Civil Veterinary Department. Central Provinces & Berar 1925-31 - 1925-1931
Year: 1925
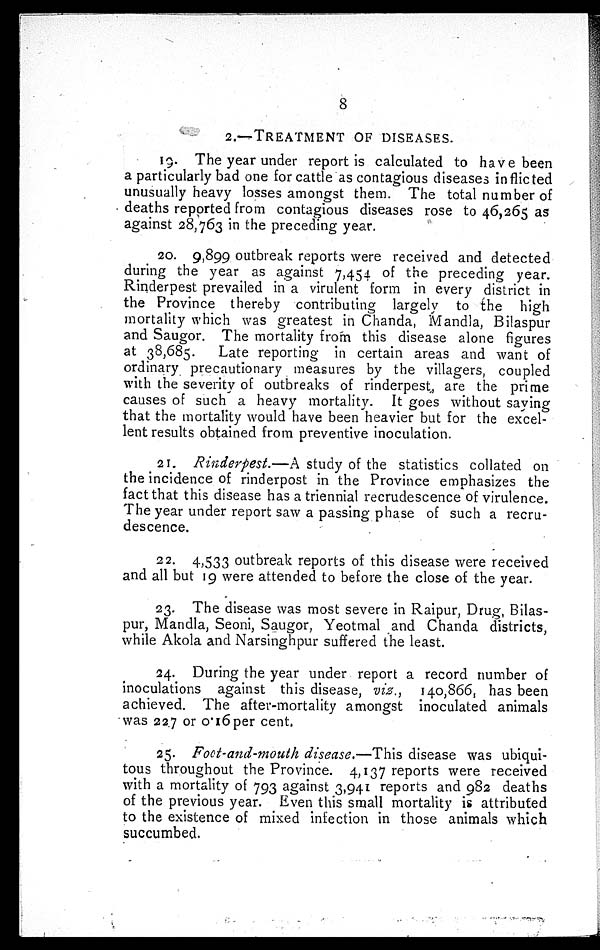
8
2.—TREATMENT
OF
DISEASES.
19. The year under report is calculated to have been
a particularly bad one for cattle as contagious diseases inflicted
unusually heavy losses amongst them. The total number of
deaths reported from contagious diseases rose to 46,265 as
against 28,763 in the preceding year.
20. 9,899 outbreak reports were received and detected
during the year as against 7,454 of the preceding year.
Rinderpest prevailed in a virulent form in every district in
the Province thereby contributing largely to the high
mortality which was greatest in Chanda, Mandla, Bilaspur
and Saugor. The mortality from this disease alone figures
at 38,685. Late reporting in certain areas and want of
ordinary precautionary measures by the villagers, coupled
with the severity of outbreaks of rinderpest, are the prime
causes of such a heavy mortality. It goes without saying
that the mortality would have been heavier but for the excel-
lent results obtained from preventive inoculation.
21. Rinderpest.—A study of the statistics collated on
the incidence of rinderpost in the Province emphasizes the
fact that this disease has a triennial recrudescence of virulence.
The year under report saw a passing phase of such a recru-
descence.
22. 4,533 outbreak reports of this disease were received
and all but 19 were attended to before the close of the year.
23. The disease was most severe in Raipur, Drug, Bilas-
pur, Mandla, Seoni, Saugor, Yeotmal and Chanda districts,
while Akola and Narsinghpur suffered the least.
24. During the year under report a record number of
inoculations against this disease, viz., 140,866, has been
achieved. The after-mortality amongst inoculated animals
was 22.7 or 0.16 per cent.
25. Foot-and-mouth disease.—This disease was ubiqui-
tous throughout the Province. 4,137 reports were received
with a mortality of 793 against 3,941 reports and 982 deaths
of the previous year. Even this small mortality is attributed
to the existence of mixed infection in those animals which
succumbed.